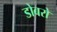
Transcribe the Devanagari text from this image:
डोबरो